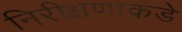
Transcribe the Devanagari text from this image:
निरीक्षणाकडे